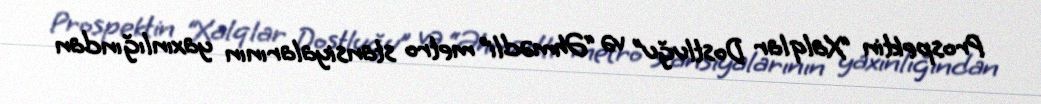
Prospektin “Xalqlar Dostluğu” və “Əhmədli” metro stansiyalarının yaxınlığından